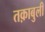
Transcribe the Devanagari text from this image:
तक़ाबुली